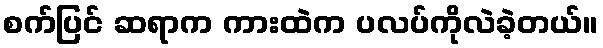
စက်ပြင် ဆရာက ကားထဲက ပလပ်ကိုလဲခဲ့တယ်။